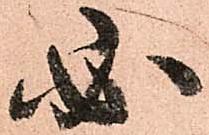
必